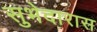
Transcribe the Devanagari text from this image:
सुभेदारास